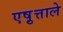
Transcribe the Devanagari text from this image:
एष़ुत्ताले